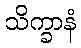
သိက္ခာနံ